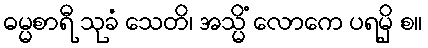
ဓမ္မစာရီ သုခံ သေတိ၊ အသ္မိံ လောကေ ပရမှိ စ။